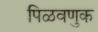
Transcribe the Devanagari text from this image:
पिळवणुक